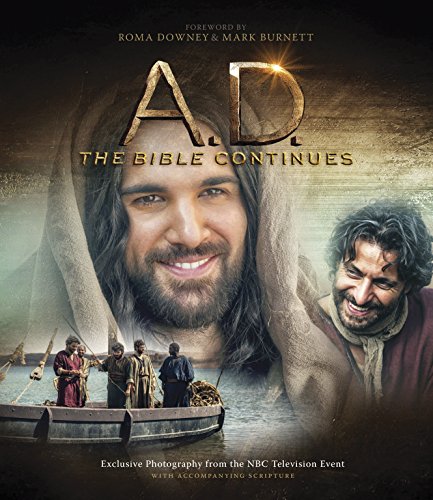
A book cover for A.D. The Bible Continues; Christian Books & Bibles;